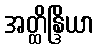
အတ္ထိန္ဒြိယာ